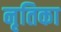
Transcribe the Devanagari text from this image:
नृतिका